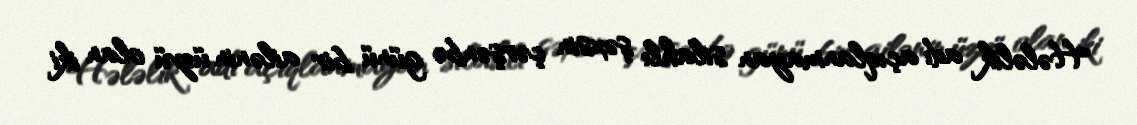
Hələlik adı açıqlanmayan silahlı şəxsin çərşənbə günü bir ailənin üzvü olan iki